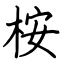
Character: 桉